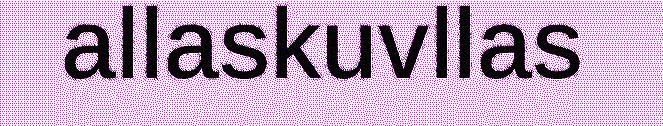
allaskuvllas